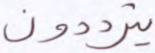
يترددون